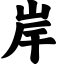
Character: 岸